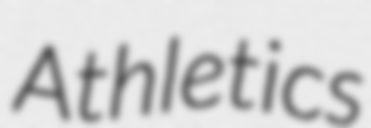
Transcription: Athletics